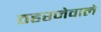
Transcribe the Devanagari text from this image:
ठहरनेवाले